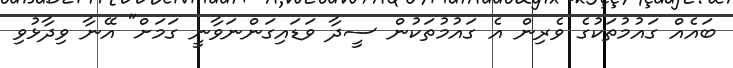
ބައެއް ގައުމުތަކުގެ ވެރިން އެ ގައުމުތަކުން ސީދާ ވަޑައިގަންނަވާނީ ގަމަށް" އޭނާ ވިދާޅުވި